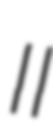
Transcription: II